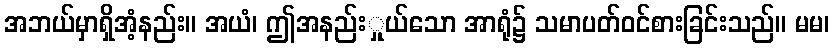
အဘယ်မှာရှိအံ့နည်း။ အယံ၊ ဤအနည်းှုယ်သော အာရုံ၌ သမာပတ်ဝင်စားခြင်းသည်။ မမ၊